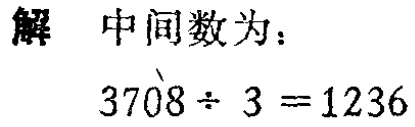
解 中间数为：

\[3708\div 3 = 1236\]